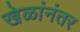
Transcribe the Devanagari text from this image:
खेळांनंतर